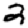
Digit: 2